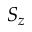
S _ { z }